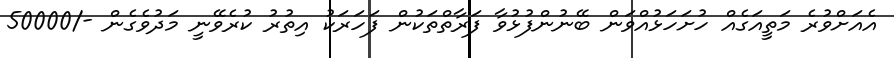
އެއަށްވުރެ މަތީއަގެއް ހުށަހަޅުއްވަން ބޭނުންފުޅުވާ ފަރާތްތަކުން ފަހަރަކު އިތުރު ކުރެވޭނީ މަދުވެގެން -/50000